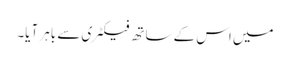
میں اس کے ساتھ فیکٹری سے باہر آیا۔